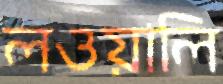
লওয়ালি